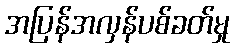
အပြန်အလှန်ပစ်ခတ်မှု